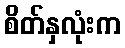
စိတ်နှလုံးက